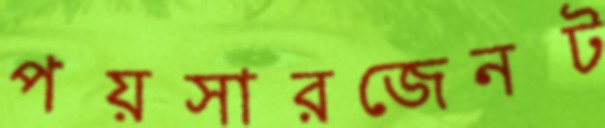
পয়সারজেনট